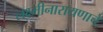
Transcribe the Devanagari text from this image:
लक्ष्मीनारायणाचे